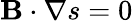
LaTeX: \mathbf{B}\cdot\nabla s=0